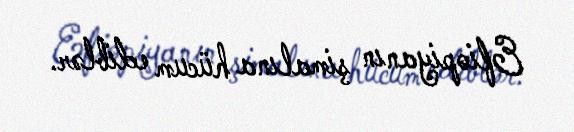
Efiopiyanın şimalına hücum ediblər.